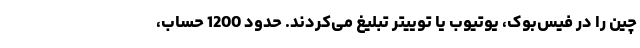
چین را در فیس‌بوک، یوتیوب یا توییتر تبلیغ می‌کردند. حدود 1200 حساب،